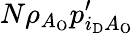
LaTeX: N\rho_{A_{\mathrm{O}}}p_{i_{\mathrm{D}}A_{\mathrm{O}}}^{\prime}